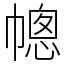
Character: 幒